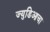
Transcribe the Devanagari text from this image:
ज्युडिआचा